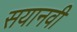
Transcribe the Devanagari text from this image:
सयानवी